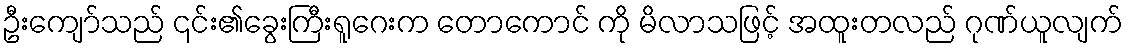
ဦးကျော်သည် ၎င်း၏ခွေးကြီးရူဂေးက တောကောင် ကို မိလာသဖြင့် အထူးတလည် ဂုဏ်ယူလျက်